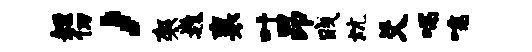
短仞，袈巍襄叶昂贱炕爻喘嚅